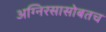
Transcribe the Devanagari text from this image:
अग्निरसासोबतच